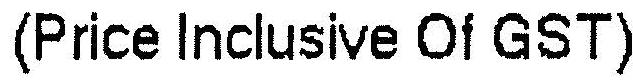
(PRICE INCLUSIVE OF GST)